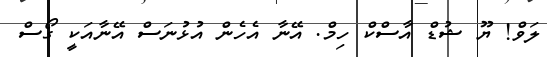
ލަވް! ޔޫ ޝުޑް އާސްކް ހިމް. އޭނާ އެހެން އުޅުނަސް އޭނާއަކީ ގޯސް